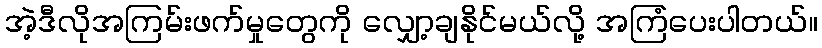
အဲ့ဒီလိုအကြမ်းဖက်မှုတွေကို လျှော့ချနိုင်မယ်လို့ အကြံပေးပါတယ်။